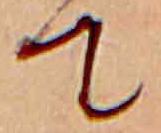
て